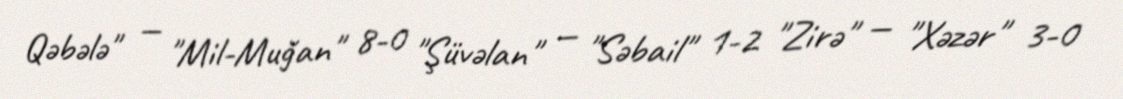
Qəbələ" — "Mil-Muğan" 8-0 "Şüvəlan" — "Səbail" 1-2 "Zirə" — "Xəzər" 3-0